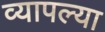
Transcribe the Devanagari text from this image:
व्यापल्या